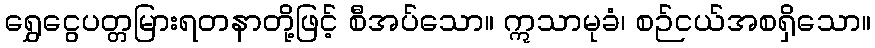
ရွှေငွေပတ္တမြားရတနာတို့ဖြင့် စီအပ်သော။ ဣသာမုခံ၊ စဉ်ငယ်အစရှိသော။